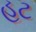
હટ